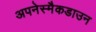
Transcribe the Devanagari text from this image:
अपनेस्मैकडाउन